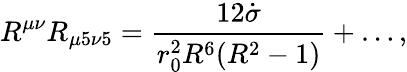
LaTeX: R^{\mu\nu}R_{\mu 5\nu 5}=\frac{12\dot{\sigma}}{r_{0}^{2}R^{6}(R^{2}-1)}+\ldots,